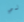
لي